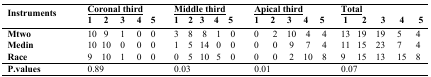
<table><thead><tr><td rowspan="2"><b> Instruments</b></td><td colspan="5"><b>Coronal third </b></td><td colspan="5"><b>Middle third </b></td><td colspan="5"><b>Apical third</b></td><td colspan="5"><b>Total</b></td></tr><tr><td><b>1</b></td><td><b>2</b></td><td><b>3</b></td><td><b>4</b></td><td><b>5</b></td><td><b>1</b></td><td><b>2</b></td><td><b>3</b></td><td><b>4</b></td><td><b>5</b></td><td><b>1</b></td><td><b>2</b></td><td><b>3</b></td><td><b>4</b></td><td><b>5</b></td><td><b>1</b></td><td><b>2</b></td><td><b>3</b></td><td><b>4</b></td><td><b>5</b></td></tr></thead><tbody><tr><td><b>Mtwo</b></td><td>10</td><td>9</td><td>1</td><td>0</td><td>0</td><td>3</td><td>8</td><td>8</td><td>1</td><td>0</td><td>0</td><td>2</td><td>10</td><td>4</td><td>4</td><td>13</td><td>19</td><td>19</td><td>5</td><td>4</td></tr><tr><td><b>Medin</b></td><td>10</td><td>10</td><td>0</td><td>0</td><td>0</td><td>1</td><td>5</td><td>14</td><td>0</td><td>0</td><td>0</td><td>0</td><td>9</td><td>7</td><td>4</td><td>11</td><td>15</td><td>23</td><td>7</td><td>4</td></tr><tr><td><b>Race</b></td><td>9</td><td>10</td><td>1</td><td>0</td><td>0</td><td>0</td><td>5</td><td>10</td><td>5</td><td>0</td><td>0</td><td>0</td><td>2</td><td>10</td><td>8</td><td>9</td><td>15</td><td>13</td><td>15</td><td>8</td></tr><tr><td><b>P.values</b></td><td colspan="5">0.89</td><td colspan="5">0.03</td><td colspan="5">0.01</td><td colspan="5">0.07</td></tr></tbody></table>